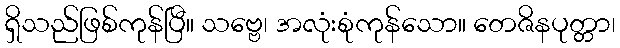
ရှိသည်ဖြစ်ကုန်ပြီ။ သဗ္ဗေ၊ အလုံးစုံကုန်သော။ တေဇိနပုတ္တာ၊